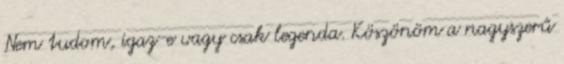
Nem tudom, igaz-e vagy csak legenda. Köszönöm a nagyszerű